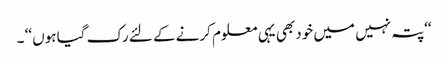
‘‘پتہ نہیں میں خود بھی یہی معلوم کرنے کے لئے رک گیا ہوں ‘‘ ۔